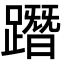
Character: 𨅔